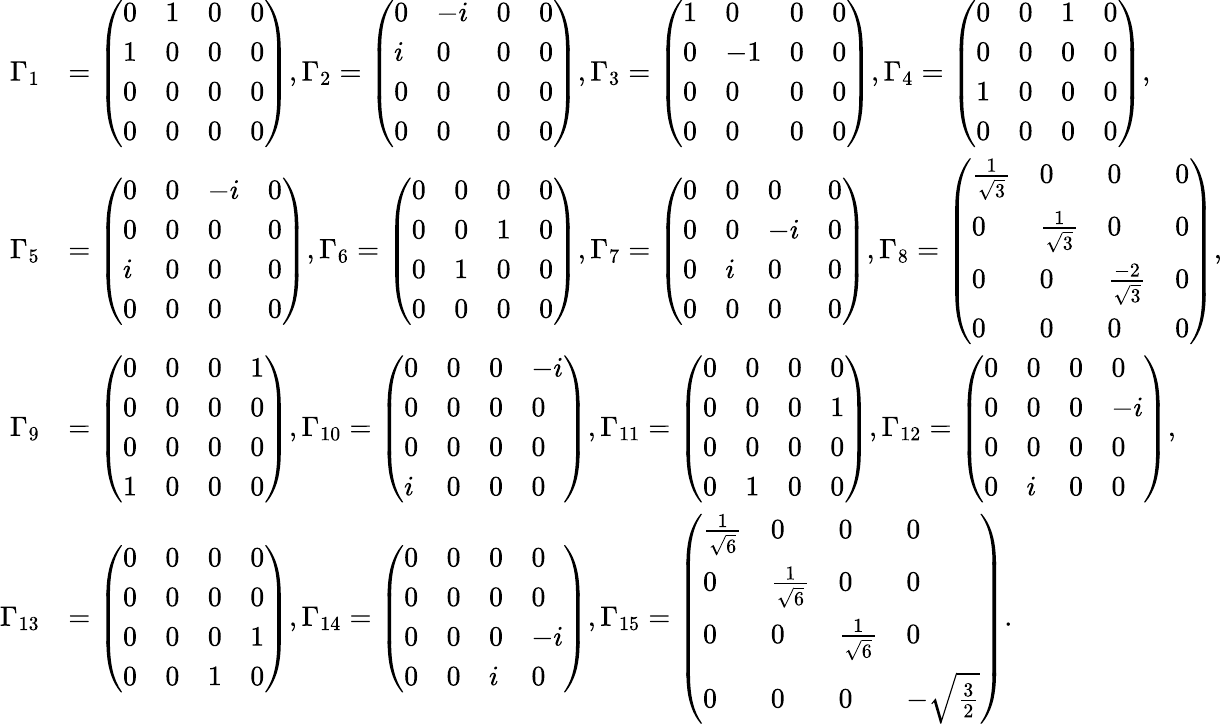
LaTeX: \begin{array}{rl}{\Gamma_{1}}&{=\left(\begin{array}{llll}{0}&{1}&{0}&{0}\\ {1}&{0}&{0}&{0}\\ {0}&{0}&{0}&{0}\\ {0}&{0}&{0}&{0}\end{array}\right),\Gamma_{2}=\left(\begin{array}{llll}{0}&{-i}&{0}&{0}\\ {i}&{0}&{0}&{0}\\ {0}&{0}&{0}&{0}\\ {0}&{0}&{0}&{0}\end{array}\right),\Gamma_{3}=\left(\begin{array}{llll}{1}&{0}&{0}&{0}\\ {0}&{-1}&{0}&{0}\\ {0}&{0}&{0}&{0}\\ {0}&{0}&{0}&{0}\end{array}\right),\Gamma_{4}=\left(\begin{array}{llll}{0}&{0}&{1}&{0}\\ {0}&{0}&{0}&{0}\\ {1}&{0}&{0}&{0}\\ {0}&{0}&{0}&{0}\end{array}\right),}\\ {\Gamma_{5}}&{=\left(\begin{array}{llll}{0}&{0}&{-i}&{0}\\ {0}&{0}&{0}&{0}\\ {i}&{0}&{0}&{0}\\ {0}&{0}&{0}&{0}\end{array}\right),\Gamma_{6}=\left(\begin{array}{llll}{0}&{0}&{0}&{0}\\ {0}&{0}&{1}&{0}\\ {0}&{1}&{0}&{0}\\ {0}&{0}&{0}&{0}\end{array}\right),\Gamma_{7}=\left(\begin{array}{llll}{0}&{0}&{0}&{0}\\ {0}&{0}&{-i}&{0}\\ {0}&{i}&{0}&{0}\\ {0}&{0}&{0}&{0}\end{array}\right),\Gamma_{8}=\left(\begin{array}{llll}{\frac{1}{\sqrt{3}}}&{0}&{0}&{0}\\ {0}&{\frac{1}{\sqrt{3}}}&{0}&{0}\\ {0}&{0}&{\frac{-2}{\sqrt{3}}}&{0}\\ {0}&{0}&{0}&{0}\end{array}\right),}\\ {\Gamma_{9}}&{=\left(\begin{array}{llll}{0}&{0}&{0}&{1}\\ {0}&{0}&{0}&{0}\\ {0}&{0}&{0}&{0}\\ {1}&{0}&{0}&{0}\end{array}\right),\Gamma_{10}=\left(\begin{array}{llll}{0}&{0}&{0}&{-i}\\ {0}&{0}&{0}&{0}\\ {0}&{0}&{0}&{0}\\ {i}&{0}&{0}&{0}\end{array}\right),\Gamma_{11}=\left(\begin{array}{llll}{0}&{0}&{0}&{0}\\ {0}&{0}&{0}&{1}\\ {0}&{0}&{0}&{0}\\ {0}&{1}&{0}&{0}\end{array}\right),\Gamma_{12}=\left(\begin{array}{llll}{0}&{0}&{0}&{0}\\ {0}&{0}&{0}&{-i}\\ {0}&{0}&{0}&{0}\\ {0}&{i}&{0}&{0}\end{array}\right),}\\ {\Gamma_{13}}&{=\left(\begin{array}{llll}{0}&{0}&{0}&{0}\\ {0}&{0}&{0}&{0}\\ {0}&{0}&{0}&{1}\\ {0}&{0}&{1}&{0}\end{array}\right),\Gamma_{14}=\left(\begin{array}{llll}{0}&{0}&{0}&{0}\\ {0}&{0}&{0}&{0}\\ {0}&{0}&{0}&{-i}\\ {0}&{0}&{i}&{0}\end{array}\right),\Gamma_{15}=\left(\begin{array}{llll}{\frac{1}{\sqrt{6}}}&{0}&{0}&{0}\\ {0}&{\frac{1}{\sqrt{6}}}&{0}&{0}\\ {0}&{0}&{\frac{1}{\sqrt{6}}}&{0}\\ {0}&{0}&{0}&{-\sqrt{\frac{3}{2}}}\end{array}\right).}\end{array}